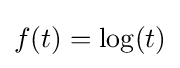
f(t)=\log(t)